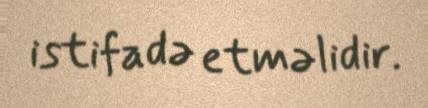
istifadə etməlidir.